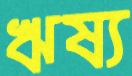
ঋষ্য